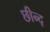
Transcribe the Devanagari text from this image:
छीन्द्